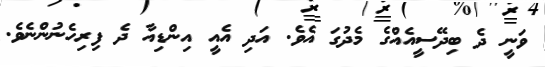
ވަނީ ދެ ބިދޭސީއެއްގެ މެދުގަ އެވެ. އަދި އެއީ އިންޑިއާ ދެ ފިރިހެނުންނެވެ.